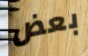
بعض